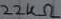
Text: 22KΩ